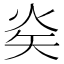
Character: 𭿿